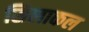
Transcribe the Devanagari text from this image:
सिलाकल